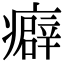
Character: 癖